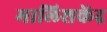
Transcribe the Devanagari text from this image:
मालिशकेंद्र